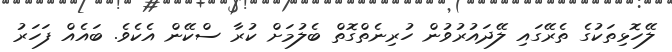
ލޭހޮޅިތަކުގެ ތެރޭގައި ލޭދައުރުވުން ހުރިނެތްގޮތް ބެލުމަށް ކުރާ ސްކޭން އެކެވެ. ބައެއް ފަހަރު